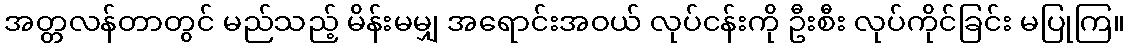
အတ္တလန်တာတွင် မည်သည့် မိန်းမမျှ အရောင်းအဝယ် လုပ်ငန်းကို ဦးစီး လုပ်ကိုင်ခြင်း မပြုကြ။